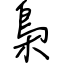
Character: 梟